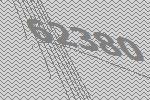
62380